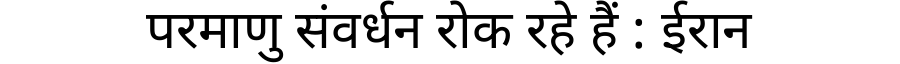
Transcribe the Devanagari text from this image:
परमाणु संवर्धन रोक रहे हैं : ईरान